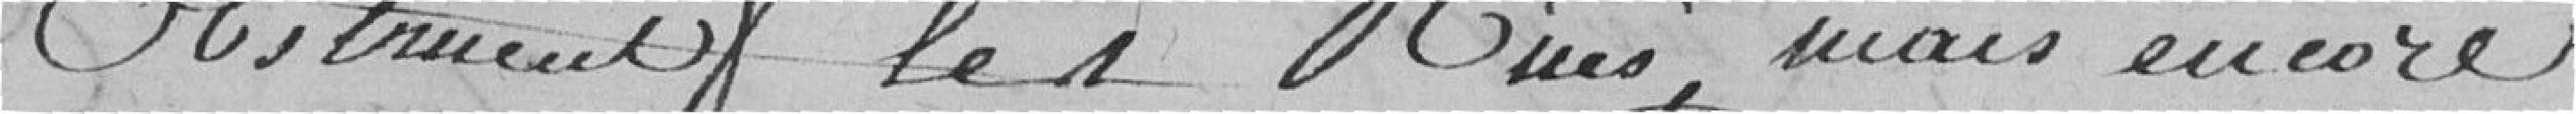
obstruent les rues, mais encore